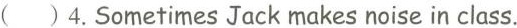
( )4.Sometimes Jack makes noise in class.